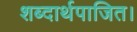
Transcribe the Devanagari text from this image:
शब्दार्थपाजित।